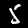
Digit: 5